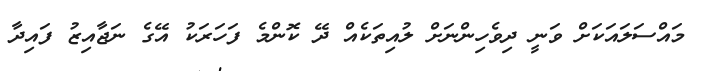
މައްސަލައަކަށް ވަނީ ދިވެހިންނަށް ލުއިތަކެއް ދޭ ކޮންމެ ފަހަރަކު އޭގެ ނަޖާއިޒު ފައިދާ